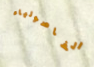
الفاصولياء